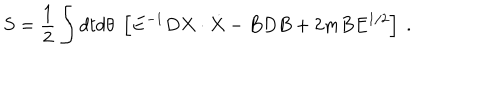
S = { \frac { 1 } { 2 } } \int d t d \theta \; \left[ E ^ { - 1 } D X \cdot \dot { X } - B D B + 2 m B E ^ { 1 / 2 } \right] \ .